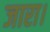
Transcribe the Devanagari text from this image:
जारा।